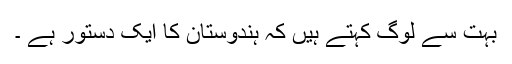
بہت سے لوگ کہتے ہیں کہ ہندوستان کا ایک دستور ہے ۔